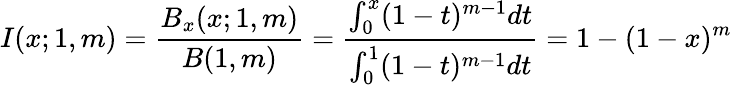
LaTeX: I(x;1,m)=\frac{B_{x}(x;1,m)}{B(1,m)}=\frac{\int_{0}^{x}(1-t)^{m-1}dt}{\int_{0}^{1}(1-t)^{m-1}dt}=1-(1-x)^{m}